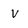
Character: V